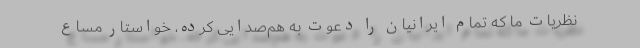
نظریات ما که تمام ایرانیان را دعوت به هم‌صدایی کرده، خواستار مساع